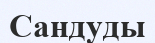
Сандуды